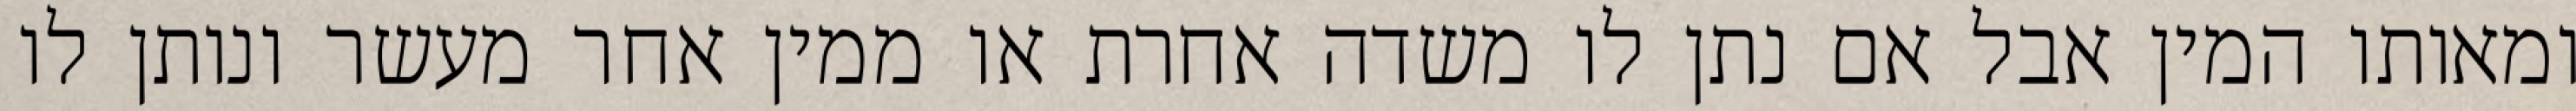
ומאותו המין אבל אם נתן לו משדה אחרת או ממין אחר מעשר ונותן לו